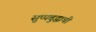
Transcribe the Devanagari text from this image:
सुप्पबुद्धाची